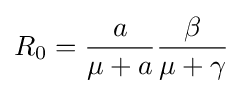
R_{0}={\frac {a}{\mu +a}}{\frac {\beta }{\mu +\gamma }}